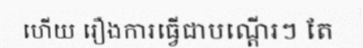
ហើយ រឿងការធ្វើជាបណ្តើរៗ តែ